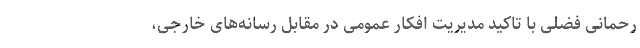
رحمانی فضلی با تاکید مدیریت افکار عمومی در مقابل رسانه‌های خارجی،